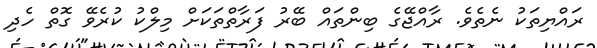
ރައްޔިތަކު ނެތެވެ. ރާއްޖޭގެ ބިންތައް ބޭރު ފަރާތްތަކަށް މިލްކު ކުރެވޭ ގޮތް ހެދި